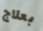
بعلاج